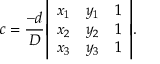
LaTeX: c = { \frac { - d } { D } } { \left| \begin{array} { l l l } { x _ { 1 } } & { y _ { 1 } } & { 1 } \\ { x _ { 2 } } & { y _ { 2 } } & { 1 } \\ { x _ { 3 } } & { y _ { 3 } } & { 1 } \end{array} \right| } .